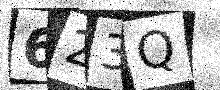
Text: 623Q